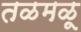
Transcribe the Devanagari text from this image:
तळमळू